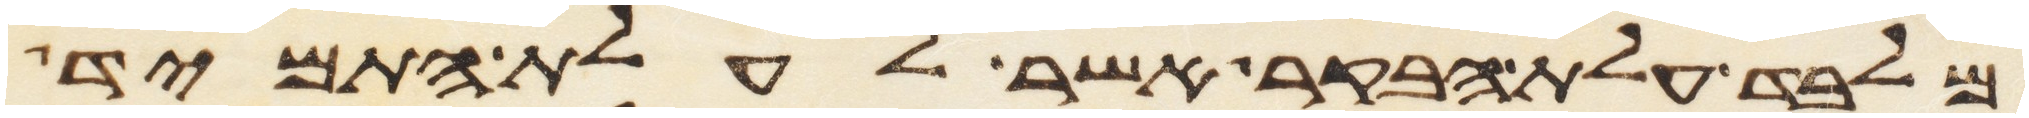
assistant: מלבד עלת הבקר אשר לעלת התמיד